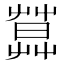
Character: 𦶛